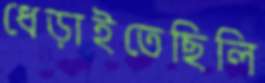
ধেড়াইতেছিলি